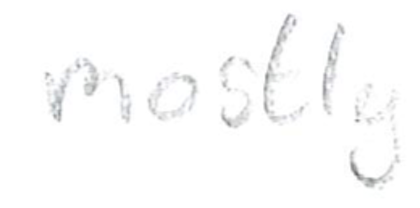
Text: mostly
Cross-out: clean
Writing tool: pencil